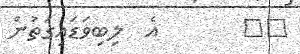
١٦       އެ  ލިބިވަޑައިގަތުން